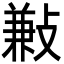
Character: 㪠